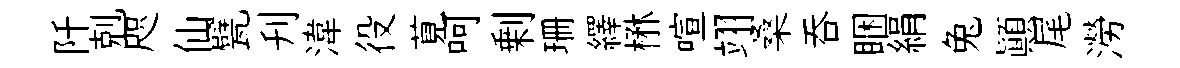
阡剋咫仙甓刋湋役莧呵剰珊繹楙喧翊桑吞睏絹兔顛尾澇